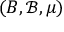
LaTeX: ( B , { \mathcal { B } } , \mu )